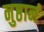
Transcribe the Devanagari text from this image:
नुष्ठानं